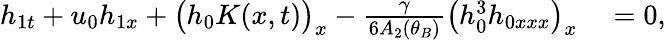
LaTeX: \begin{array}{rl}{h_{1t}+u_{0}h_{1x}+\big(h_{0}K(x,t)\big)_{x}-\frac{\gamma}{6A_{2}(\theta_{B})}\big(h_{0}^{3}h_{0xxx}\big)_{x}}&{{}=0,}\end{array}